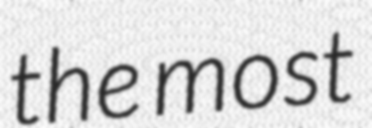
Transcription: the most